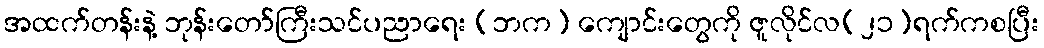
အထက်တန်းနဲ့ ဘုန်းတော်ကြီးသင်ပညာရေး (ဘက) ကျောင်းတွေကို ဇူလိုင်လ(၂၁)ရက်ကစပြီး